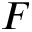
F